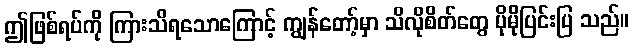
ဤဖြစ်ရပ်ကို ကြားသိရသောကြောင့် ကျွန်တော့်မှာ သိလိုစိတ်တွေ ပိုမိုပြင်းပြ သည်။